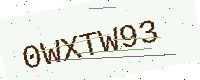
Text: 0WXTW93